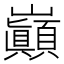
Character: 巓